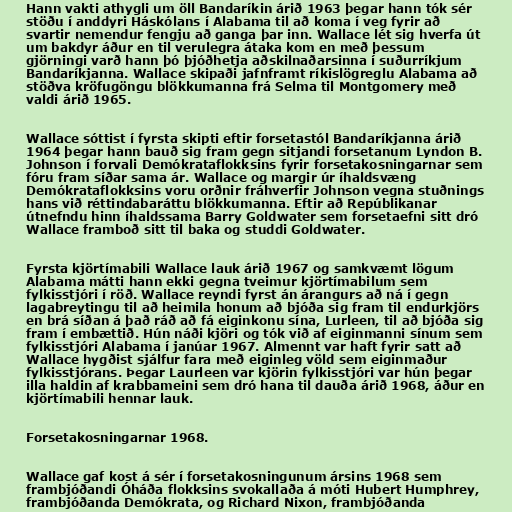
Hann vakti athygli um öll Bandaríkin árið 1963 þegar hann tók sér
stöðu í anddyri Háskólans í Alabama til að koma í veg fyrir að
svartir nemendur fengju að ganga þar inn. Wallace lét sig hverfa út
um bakdyr áður en til verulegra átaka kom en með þessum
gjörningi varð hann þó þjóðhetja aðskilnaðarsinna í suðurríkjum
Bandaríkjanna. Wallace skipaði jafnframt ríkislögreglu Alabama að
stöðva kröfugöngu blökkumanna frá Selma til Montgomery með
valdi árið 1965.

Wallace sóttist í fyrsta skipti eftir forsetastól Bandaríkjanna árið
1964 þegar hann bauð sig fram gegn sitjandi forsetanum Lyndon B.
Johnson í forvali Demókrataflokksins fyrir forsetakosningarnar sem
fóru fram síðar sama ár. Wallace og margir úr íhaldsvæng
Demókrataflokksins voru orðnir fráhverfir Johnson vegna stuðnings
hans við réttindabaráttu blökkumanna. Eftir að Repúblikanar
útnefndu hinn íhaldssama Barry Goldwater sem forsetaefni sitt dró
Wallace framboð sitt til baka og studdi Goldwater.

Fyrsta kjörtímabili Wallace lauk árið 1967 og samkvæmt lögum
Alabama mátti hann ekki gegna tveimur kjörtímabilum sem
fylkisstjóri í röð. Wallace reyndi fyrst án árangurs að ná í gegn
lagabreytingu til að heimila honum að bjóða sig fram til endurkjörs
en brá síðan á það ráð að fá eiginkonu sína, Lurleen, til að bjóða sig
fram í embættið. Hún náði kjöri og tók við af eiginmanni sínum sem
fylkisstjóri Alabama í janúar 1967. Almennt var haft fyrir satt að
Wallace hygðist sjálfur fara með eiginleg völd sem eiginmaður
fylkisstjórans. Þegar Laurleen var kjörin fylkisstjóri var hún þegar
illa haldin af krabbameini sem dró hana til dauða árið 1968, áður en
kjörtímabili hennar lauk.

Forsetakosningarnar 1968.

Wallace gaf kost á sér í forsetakosningunum ársins 1968 sem
frambjóðandi Óháða flokksins svokallaða á móti Hubert Humphrey,
frambjóðanda Demókrata, og Richard Nixon, frambjóðanda